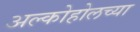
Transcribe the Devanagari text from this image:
अल्कोहोलच्या